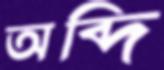
অব্দি